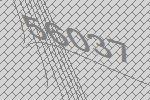
56037